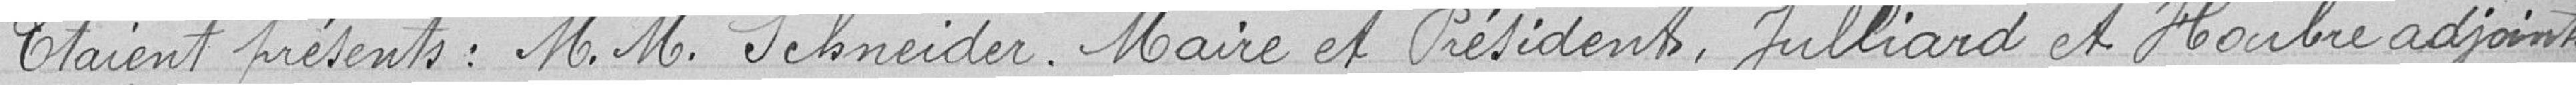
Etaient présents : M.M. Schneider Maire et Président, Julliard et Houbre adjoints